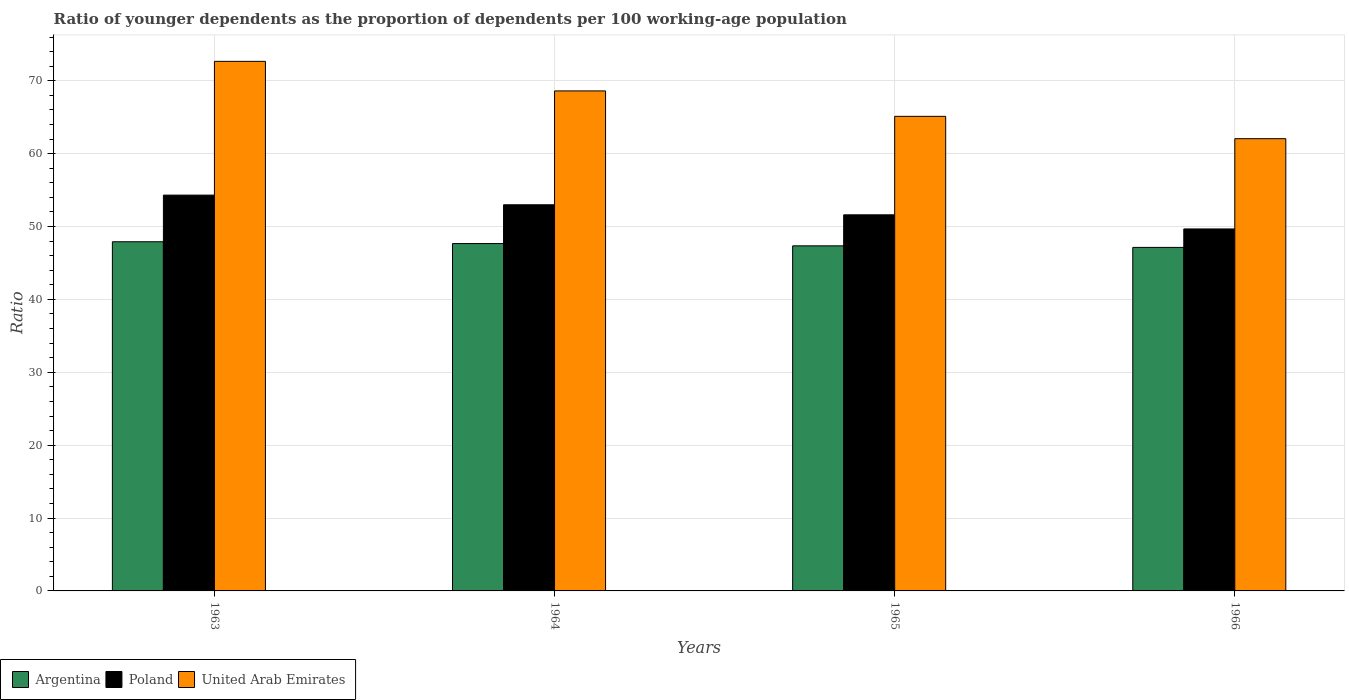
| Years | Argentina | Poland | United Arab Emirates |
 | --- | --- | --- | --- |
 | 1963 | 47.9 | 54.3 | 72.7 |
 | 1964 | 47.7 | 53 | 68.6 |
 | 1965 | 47.3 | 51.6 | 65.1 |
 | 1966 | 47.1 | 49.7 | 62.1 |